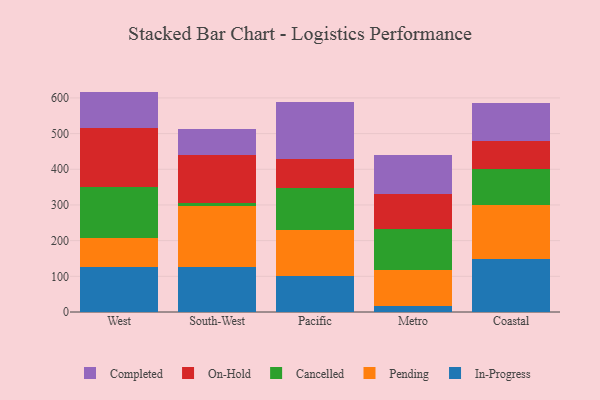
{"axis": {"x": "Region", "y": "Active Users"}, "legend": ["Cancelled", "Completed", "In-Progress", "On-Hold", "Pending"], "data": [{"x": "West", "y": 124.8, "type": "In-Progress"}, {"x": "West", "y": 83.5, "type": "Pending"}, {"x": "West", "y": 141.9, "type": "Cancelled"}, {"x": "West", "y": 166.0, "type": "On-Hold"}, {"x": "West", "y": 101.5, "type": "Completed"}, {"x": "South-West", "y": 125.2, "type": "In-Progress"}, {"x": "South-West", "y": 171.3, "type": "Pending"}, {"x": "South-West", "y": 8.5, "type": "Cancelled"}, {"x": "South-West", "y": 134.1, "type": "On-Hold"}, {"x": "South-West", "y": 72.5, "type": "Completed"}, {"x": "Pacific", "y": 101.8, "type": "In-Progress"}, {"x": "Pacific", "y": 128.9, "type": "Pending"}, {"x": "Pacific", "y": 118.1, "type": "Cancelled"}, {"x": "Pacific", "y": 79.3, "type": "On-Hold"}, {"x": "Pacific", "y": 159.9, "type": "Completed"}, {"x": "Metro", "y": 16.8, "type": "In-Progress"}, {"x": "Metro", "y": 99.9, "type": "Pending"}, {"x": "Metro", "y": 116.4, "type": "Cancelled"}, {"x": "Metro", "y": 96.5, "type": "On-Hold"}, {"x": "Metro", "y": 110.4, "type": "Completed"}, {"x": "Coastal", "y": 149.1, "type": "In-Progress"}, {"x": "Coastal", "y": 149.4, "type": "Pending"}, {"x": "Coastal", "y": 101.0, "type": "Cancelled"}, {"x": "Coastal", "y": 78.7, "type": "On-Hold"}, {"x": "Coastal", "y": 106.8, "type": "Completed"}]}